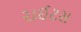
રાઈટસ